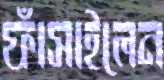
ফাঁসাইলেন